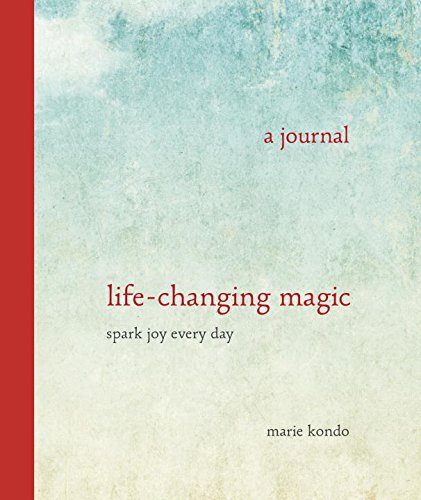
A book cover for Life-Changing Magic: A Journal: Spark Joy Every Day; Marie Kondo; Self-Help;